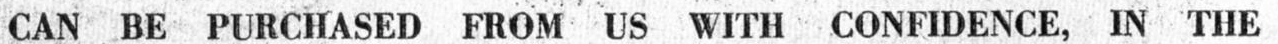
CAN BE PURCHASED FROM US WITH CONFIDENCE, IN THE